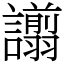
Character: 譾